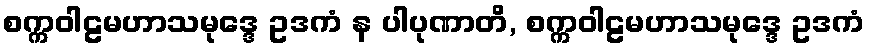
စက္ကဝါဠမဟာသမုဒ္ဒေ ဥဒကံ န ပါပုဏာတိ, စက္ကဝါဠမဟာသမုဒ္ဒေ ဥဒကံ